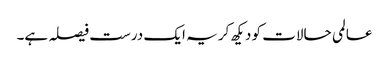
عالمی حالات کو دیکھ کر یہ ایک درست فیصلہ ہے۔